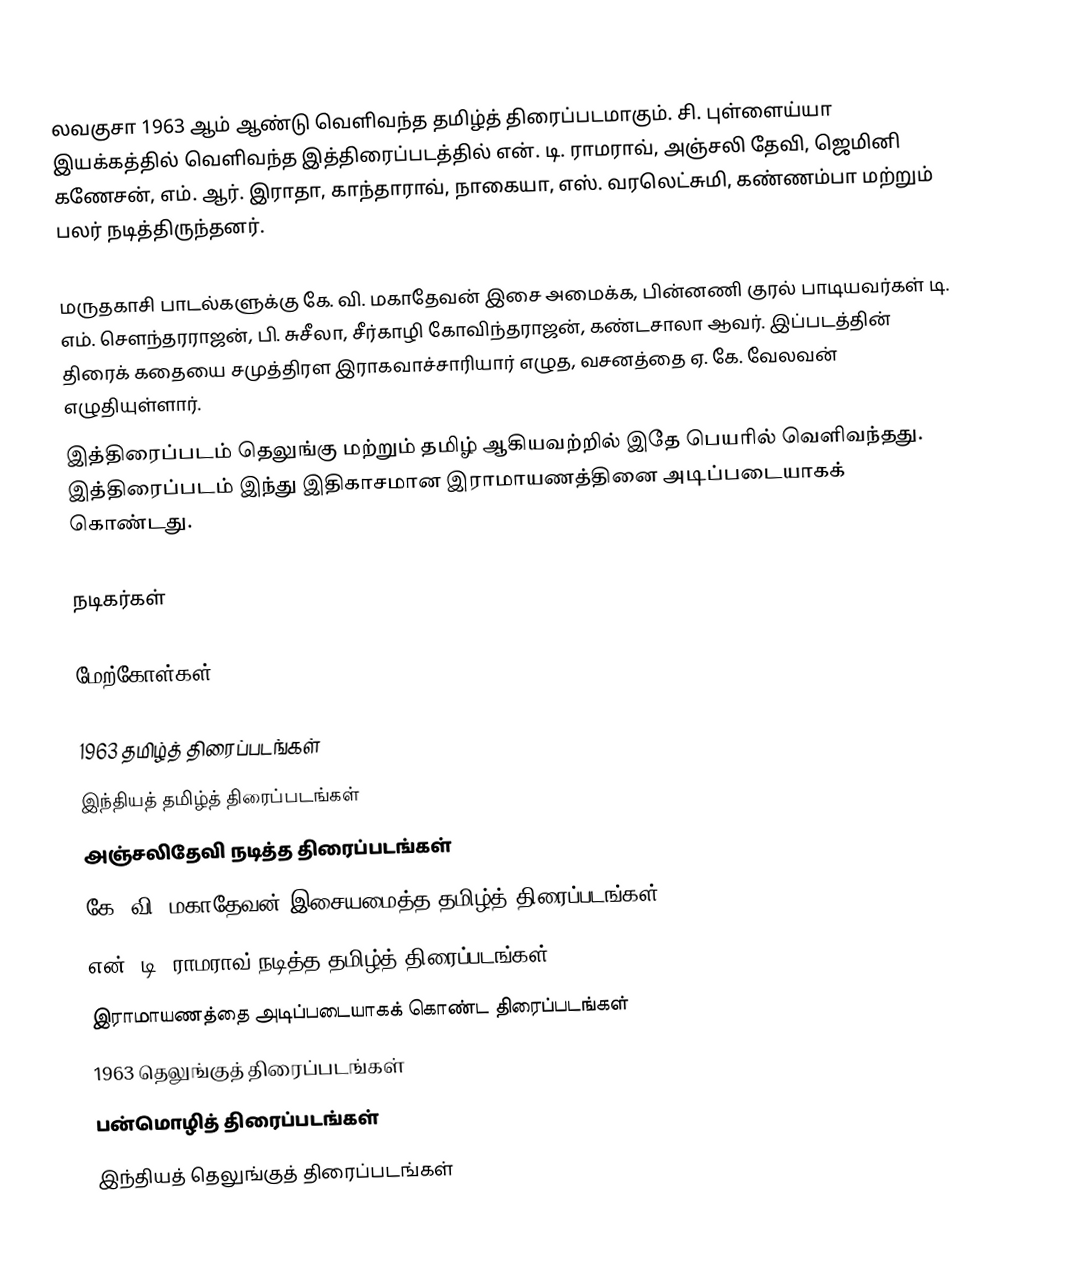
லவகுசா 1963 ஆம் ஆண்டு வெளிவந்த தமிழ்த் திரைப்படமாகும். சி. புள்ளைய்யா இயக்கத்தில் வெளிவந்த இத்திரைப்படத்தில் என். டி. ராமராவ், அஞ்சலி தேவி, ஜெமினி கணேசன், எம். ஆர். இராதா, காந்தாராவ், நாகையா, எஸ். வரலெட்சுமி, கண்ணம்பா மற்றும் பலர் நடித்திருந்தனர்.

மருதகாசி பாடல்களுக்கு கே. வி. மகாதேவன் இசை அமைக்க, பின்னணி குரல் பாடியவர்கள் டி. எம். சௌந்தரராஜன், பி. சுசீலா, சீர்காழி கோவிந்தராஜன், கண்டசாலா ஆவர். இப்படத்தின் திரைக் கதையை சமுத்திரள இராகவாச்சாரியார் எழுத, வசனத்தை ஏ. கே. வேலவன்  எழுதியுள்ளார்.
இத்திரைப்படம் தெலுங்கு மற்றும் தமிழ் ஆகியவற்றில் இதே பெயரில் வெளிவந்தது. இத்திரைப்படம் இந்து இதிகாசமான இராமாயணத்தினை அடிப்படையாகக் கொண்டது.

நடிகர்கள்

மேற்கோள்கள்

1963 தமிழ்த் திரைப்படங்கள்
இந்தியத் தமிழ்த் திரைப்படங்கள்
அஞ்சலிதேவி நடித்த திரைப்படங்கள்
கே. வி. மகாதேவன் இசையமைத்த தமிழ்த் திரைப்படங்கள்
என். டி. ராமராவ் நடித்த தமிழ்த் திரைப்படங்கள்
இராமாயணத்தை அடிப்படையாகக் கொண்ட திரைப்படங்கள்
1963 தெலுங்குத் திரைப்படங்கள்
பன்மொழித் திரைப்படங்கள்
இந்தியத் தெலுங்குத் திரைப்படங்கள்